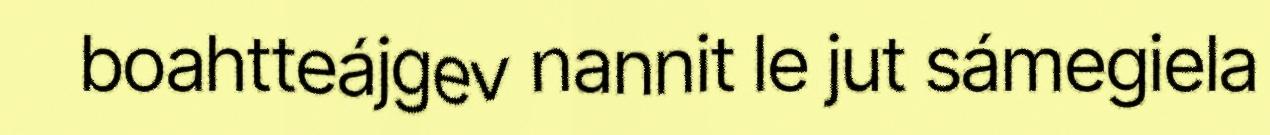
boahtteájgev nannit le jut sámegiela